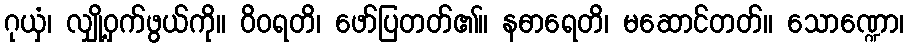
ဂုယှံ၊ လျှို့ဝှက်ဖွယ်ကို။ ဝိဝရတိ၊ ဖော်ပြတတ်၏။ နဓာရေတိ၊ မဆောင်တတ်။ သောဏ္ဍော၊